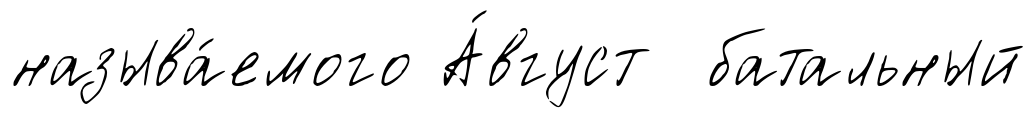
называ́емого А́вгуст батальный